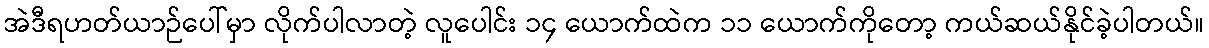
အဲဒီရဟတ်ယာဉ်ပေါ်မှာ လိုက်ပါလာတဲ့ လူပေါင်း ၁၄ ယောက်ထဲက ၁၁ ယောက်ကိုတော့ ကယ်ဆယ်နိုင်ခဲ့ပါတယ်။